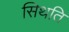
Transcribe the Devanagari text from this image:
सिथति